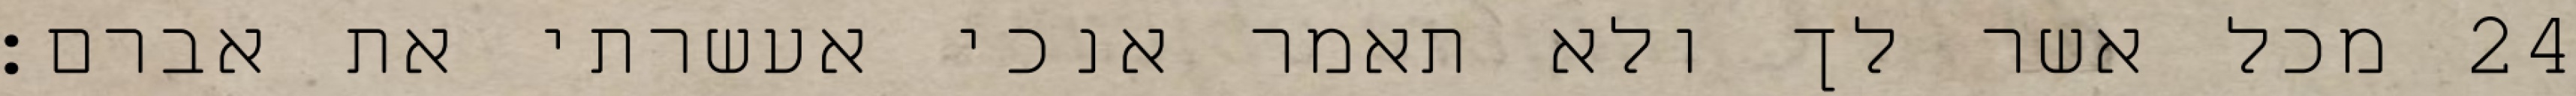
מכל אשר לך ולא תאמר אנכי אעשרתי את אברם׃ ‎24‏